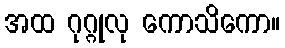
အထ ဂုဂ္ဂုလု ကောသိကော။